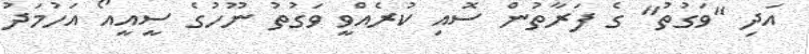
އަދި "ވަގުތު" ގެ ފަރާތުން ސޮއި ކުރެއްވީ ވަގުތު ނޫހުގެ ސީއީއޯ އަހުމަދު